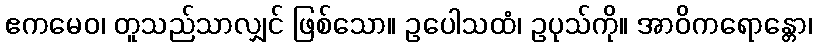
ဧကမေဝ၊ တူသည်သာလျှင် ဖြစ်သော။ ဥပေါသထံ၊ ဥပုသ်ကို။ အာဝိကရောန္တော၊